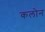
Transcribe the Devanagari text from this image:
कलोन